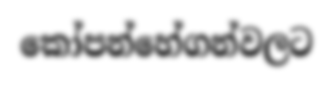
කෝපන්හේගන්වලට